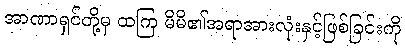
အာဏာရှင်တို့မှ ထကြ မိမိ၏အရာအားလုံးနှင့်ဖြစ်ခြင်းကို